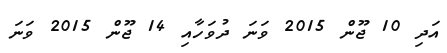
އަދި 10 ޖޫން 2015 ވަނަ ދުވަހާއި 14 ޖޫން 2015 ވަނަ